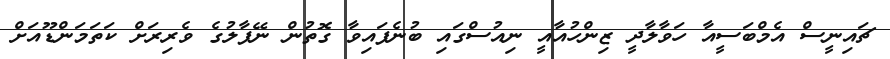
ޗައިނީސް އެމްބަސީއާ ހަވާލާދީ ޒިންހުއާއީ ނިއުސްގައި ބުނެފައިވާ ގޮތުން ނޭޕާލުގެ ވެރިރަށް ކަތަމަންޑޫއަށް